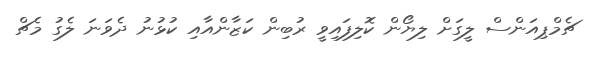
ޗެމްޕިއަންސް ލީގަށް ލިޔޯން ކޮލިފައިވީ ރުބިން ކަޒާންއާއި ކުޅުނު ދެވަނަ ލެގު މެޗް